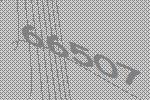
66507